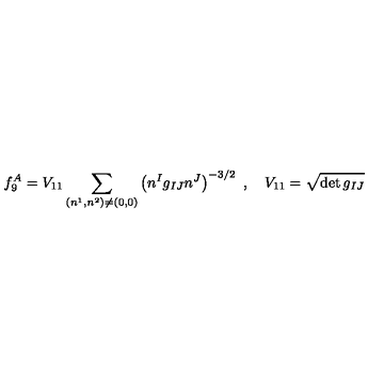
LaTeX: f _ { 9 } ^ { A } = V _ { 1 1 } \sum _ { ( n ^ { 1 } , n ^ { 2 } ) \ne ( 0 , 0 ) } \left( n ^ { I } g _ { I J } n ^ { J } \right) ^ { - 3 / 2 } \ , \quad V _ { 1 1 } = \sqrt { \det g _ { I J } }